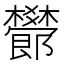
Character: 𣠫